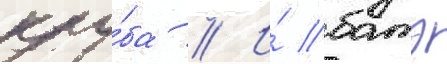
клу́ба // И́ батэ